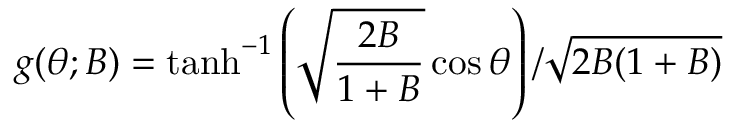
g ( \theta ; B ) = \operatorname { t a n h } ^ { - 1 } \left( \sqrt { \frac { 2 B } { 1 + B } } \cos \theta \right) / \sqrt { 2 B ( 1 + B ) }